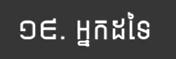
១៩. អ្នកដទៃ